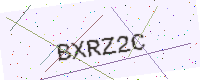
Text: BXRZ2C